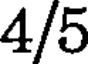
4/5